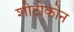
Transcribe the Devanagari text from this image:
शोटोकोन